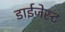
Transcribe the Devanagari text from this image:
डाईजेस्ट